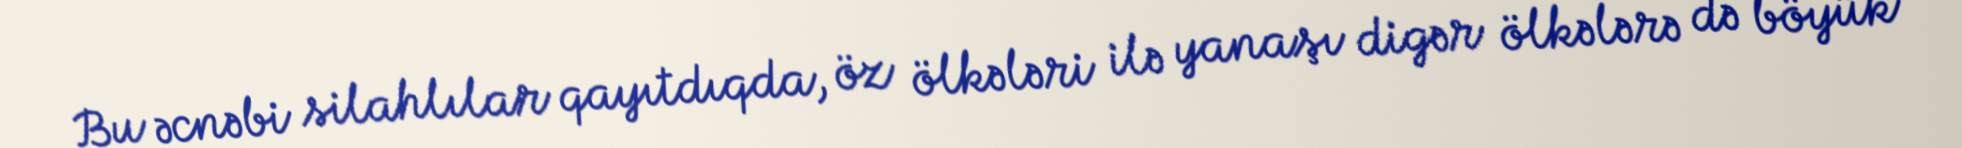
Bu əcnəbi silahlılar qayıtdıqda, öz ölkələri ilə yanaşı digər ölkələrə də böyük